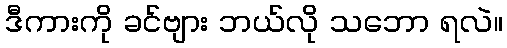
ဒီကားကို ခင်ဗျား ဘယ်လို သဘော ရလဲ။